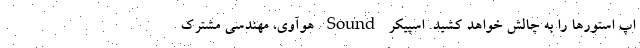
اپ استورها را به چالش خواهد کشید. اسپیکر Sound هوآوی، مهندسی مشترک